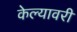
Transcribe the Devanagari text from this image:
केल्यावरी